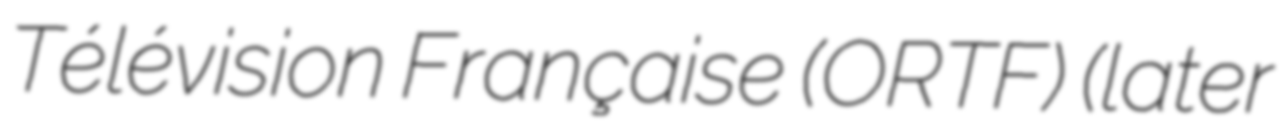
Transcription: Télévision Française (ORTF) (later